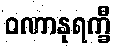
ဝဏာနုရက္ခီ